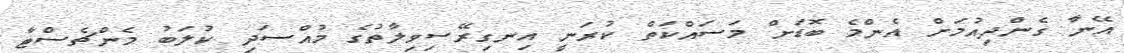
އޭނާ ގެންދިއުމަށް އެންމެ ބޮޑަށް މަސައްކަތް ކުރަނީ އިނގިރޭސިވިލާތުގެ މުއްސަދި ކުލަބު މެންޗެސްޓާ